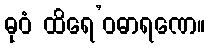
ဓုဝံ ထိရေ’ဝဓာရဏေ။